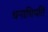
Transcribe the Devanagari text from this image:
धनाधिपति